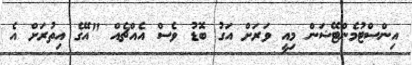
އިންސްޓުމެންޓޭޝަން މިއީ ވަރަށް އަގު ބޮޑު ވެސް އެއްޗެއް "އޭގެ އިތުރަށް އެ